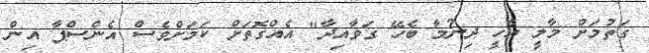
ގަތުމަށް މާލީ އެހީ ދިނުމާ ބެހޭ ގަވާއިދާ" އެއްގޮތަށް ކަަމަށްވެސް އެންސްޕާ އިން